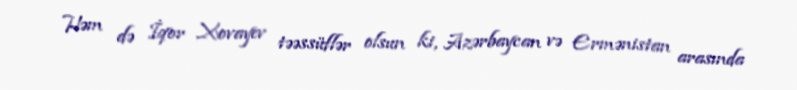
Həm də İqor Xovayev təəssüflər olsun ki, Azərbaycan və Ermənistan arasında